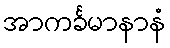
အာကင်္ခမာနာနံ